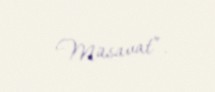
Müsavat”.